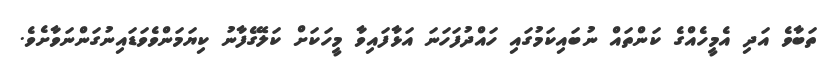
ތަބާވެ އަދި އެމީހެއްގެ ކަންތައް ނުބައިކަމުގައި ހައްދުފަހަނަ އަޅާފައިވާ މީހަކަށް ކަލޭގެފާނު ކިޔަމަންވެވަޑައިނުގަންނަވާށެވެ.